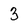
Character: 3